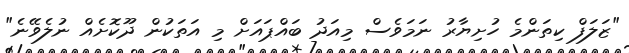
"ޒަލަފް ކިތަންމެ ހުށިޔާރު ނަމަވެސް މިއަދު ބައްޕައަށް މި އަތަކުން ދޫކޮށެއް ނުލެވޭނެ"